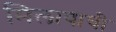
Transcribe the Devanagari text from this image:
मिलापाची